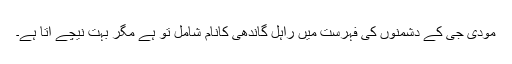
مودی جی کے دشمنوں کی فہرست میں راہل گاندھی کانام شامل تو ہے مگر بہت نیچے آتا ہے۔